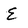
Character: E